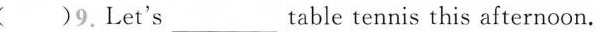
（）9. Let's___table tennis this afternoon